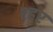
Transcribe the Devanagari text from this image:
श्हर